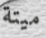
ميتة